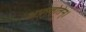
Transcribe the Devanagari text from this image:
अफ्स्तोतेन्।